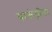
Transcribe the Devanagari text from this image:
बाऊंड्रीवर